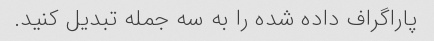
پاراگراف داده شده را به سه جمله تبدیل کنید.